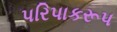
પરિપાકરૂપ